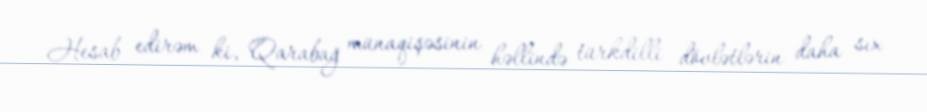
Hesab edirəm ki, Qarabağ münaqişəsinin həllində türkdilli dövlətlərin daha sıx